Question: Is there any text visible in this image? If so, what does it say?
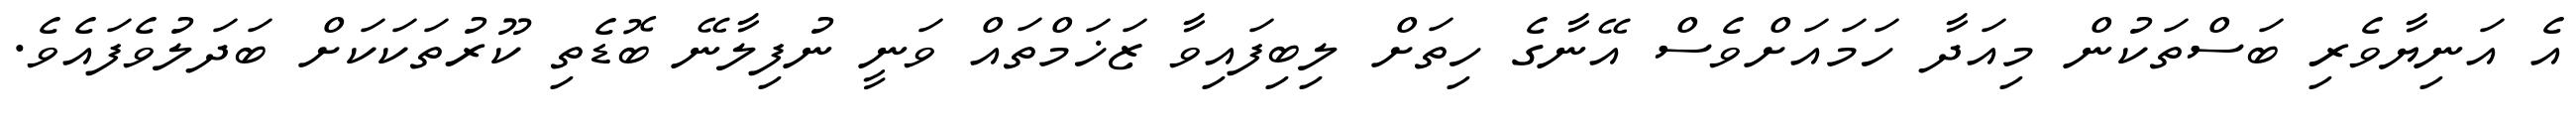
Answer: އެ އަނިޔާވެރި ބަސްތަކުން މިއަދާ ހަމައަށްވެސް އޭނާގެ ހިތަށް ލިބިފައިވާ ޒަޚަމްތައް ވަނީ ނުފިލާނޭ ބޮޑެތި ކޫރުތަކަކަށް ބަދަލުވެފައެވެ.